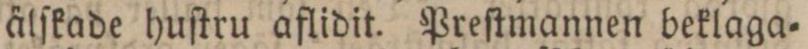
älſkade huſtru aflidit. Preſtmannen beklaga=